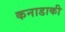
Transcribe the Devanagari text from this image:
कनाडाकी